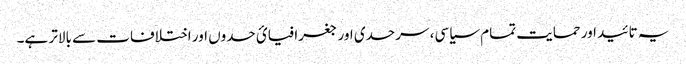
یہ تائید اور حمایت تمام سیاسی، سرحدی اور جغرافیائ حدوں اور اختلافات سے بالاتر ہے۔